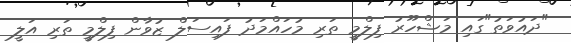
"ދައުވަތު"ގައި މަޝްހޫރު ފިލްމީ ތަރި މުހައްމަދު ފައިސަލް ޒުވާން ފިލްމީ ތަރި އަލީ